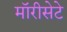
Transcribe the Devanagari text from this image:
मॉरीसेटे